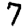
Digit: 7